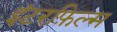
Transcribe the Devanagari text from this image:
इंटरफ़िल्म